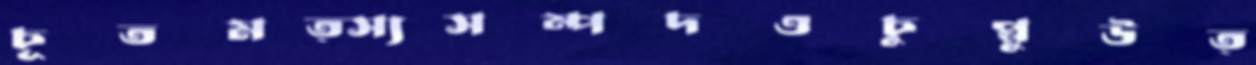
চূতমত্স্যসম্পদওচুপ্পুউত্